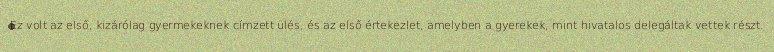
Ez volt az első, kizárólag gyermekeknek címzett ülés, és az első értekezlet, amelyben a gyerekek, mint hivatalos delegáltak vettek részt.